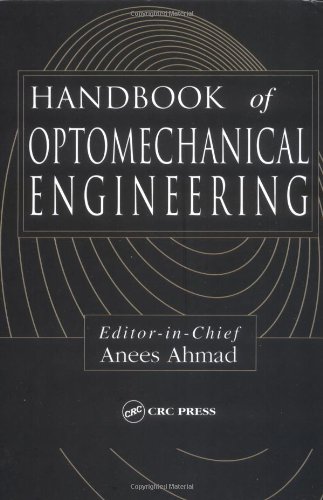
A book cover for Handbook of Optomechanical Engineering; Science & Math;